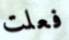
فعلت